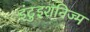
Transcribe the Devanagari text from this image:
इंटुइशनिज्म